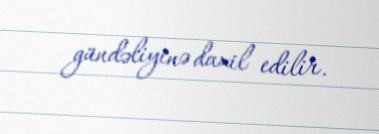
gündəliyinə daxil edilir.